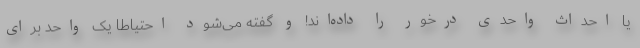
یا احداث واحدی درخور را داده‌اند! و گفته می‌شود احتیاطا یک واحد برای